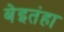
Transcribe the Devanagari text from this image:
बेइतंहा